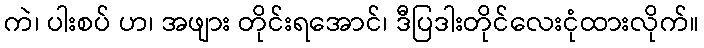
ကဲ၊ ပါးစပ် ဟ၊ အဖျား တိုင်းရအောင်၊ ဒီပြဒါးတိုင်လေးငုံထားလိုက်။